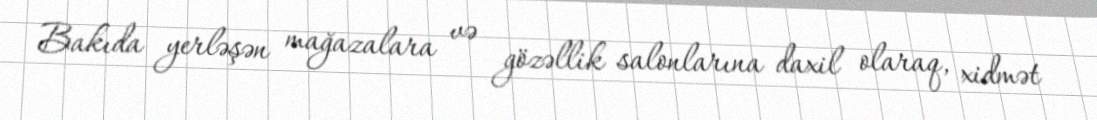
Bakıda yerləşən mağazalara və gözəllik salonlarına daxil olaraq, xidmət